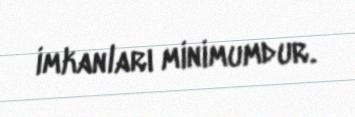
imkanları minimumdur.